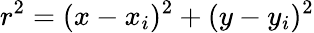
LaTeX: r^{2}=(x-x_{i})^{2}+(y-y_{i})^{2}